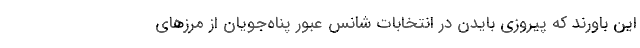
این باورند که پیروزی بایدن در انتخابات شانس عبور پناه‌جویان از مرزهای